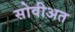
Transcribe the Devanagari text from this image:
सोवीअत